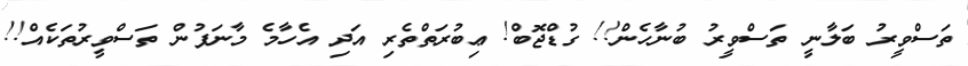
ތަސްވީރު ބަލާނީ ތަސްވީރު ބުނާހެން!! ގުޑްޖޮބް! ޢިބުރަތްތެރި އަދި އެހާމެ މާނަފުން ތަސްވީރުތަކެއް!!